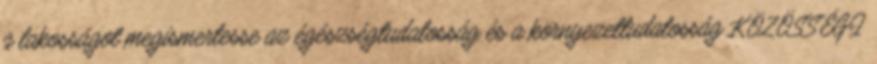
a lakosságot megismertesse az égészségtudatosság és a környezettudatosság KÖZÖSSÉGI